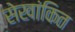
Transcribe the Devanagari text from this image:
सेखांकित